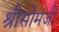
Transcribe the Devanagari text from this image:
श्रीसोमजी